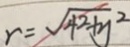
r = \sqrt { 4 ^ { 2 } + y ^ { 2 } }